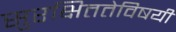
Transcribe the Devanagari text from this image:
सुरक्षिततेविषयी